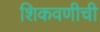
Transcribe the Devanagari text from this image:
शिकवणीची